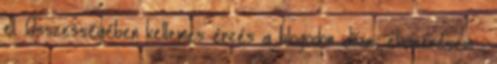
el. Összességében kellemes érzés a blogodon időzni, elismerésem. :